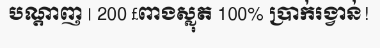
បណ្តាញ | 200 £ពាងស្លុត 100% ប្រាក់រង្វាន់!